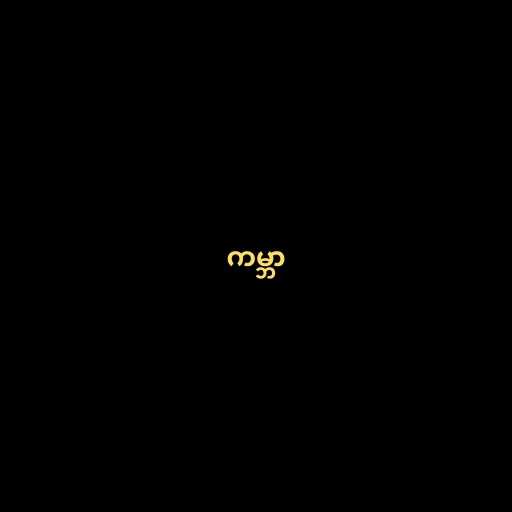
ကမ္ဘာ